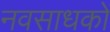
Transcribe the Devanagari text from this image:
नवसाधकों